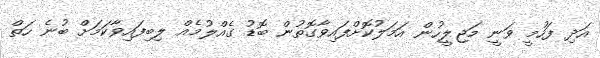
އަދި ފަހުމީ ވަނީ މަޖިލީހުން އަމަލުކޮށްފައިވާގޮތުން ބޮޑު ގެއްލުމެއް ލިބިފައިވާކަމަށް ބުނެ ހަތް